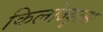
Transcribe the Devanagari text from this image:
किलोज्यूल्स